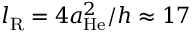
l _ { \mathrm { R } } = 4 a _ { \mathrm { H e } } ^ { 2 } / h \approx 1 7